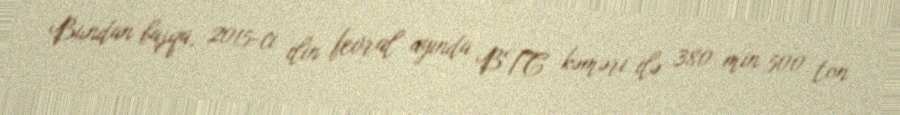
Bundan başqa, 2015-ci ilin fevral ayında BTC kəməri ilə 380 min 500 ton